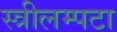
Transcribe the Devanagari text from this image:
स्त्रीलम्पटा